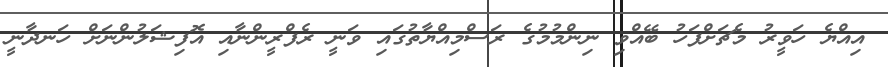
އިއްޔެ ހަވީރު މެޗަށްފަހު ބޭއްވި ނިންމުމުގެ ރަސްމިއްޔާތުގައި ވަނީ ރެފްރީންނާއި އޮފިޝަލުންނަށް ހަނދާނީ